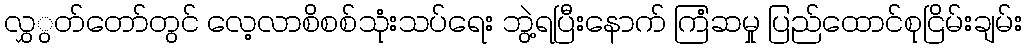
လွှွတ်တော်တွင် လေ့လာစိစစ်သုံးသပ်ရေး ဘွဲ့ရပြီးနောက် ကြံဆမှု ပြည်ထောင်စုငြိမ်းချမ်း